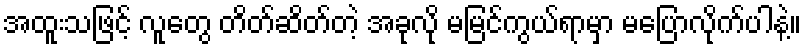
အထူးသဖြင့် လူတွေ တိတ်ဆိတ်တဲ့ အခုလို မမြင်ကွယ်ရာမှာ မပြောလိုက်ပါနဲ့။